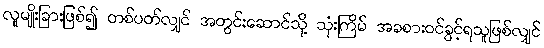
လူမျိုးခြားဖြစ်၍ တစ်ပတ်လျှင် အတွင်းဆောင်သို့ သုံးကြိမ် အခစားဝင်ခွင့်ရသူဖြစ်လျှင်